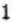
1